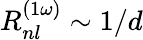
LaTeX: R_{nl}^{\left(1\omega\right)}\sim 1/d